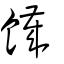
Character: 饖